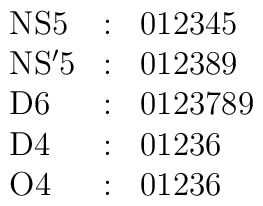
\begin{array}{lcl}    {\rm NS5} &:& 012345  \\   {\rm NS'5} &:& 012389  \\     {\rm D6} &:& 0123789  \\     {\rm D4} &:& 01236  \\     {\rm O4} &:& 01236\end{array}